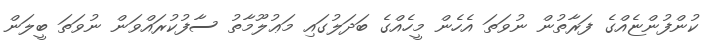
ކުންފުންޏެއްގެ ފަރާތުން ނުވަތަ އެހެން މީހެއްގެ ބަދަލުގައި މަޢުލޫމާތު ސާފުކުރައްވަން ނުވަތަ ބީލަން